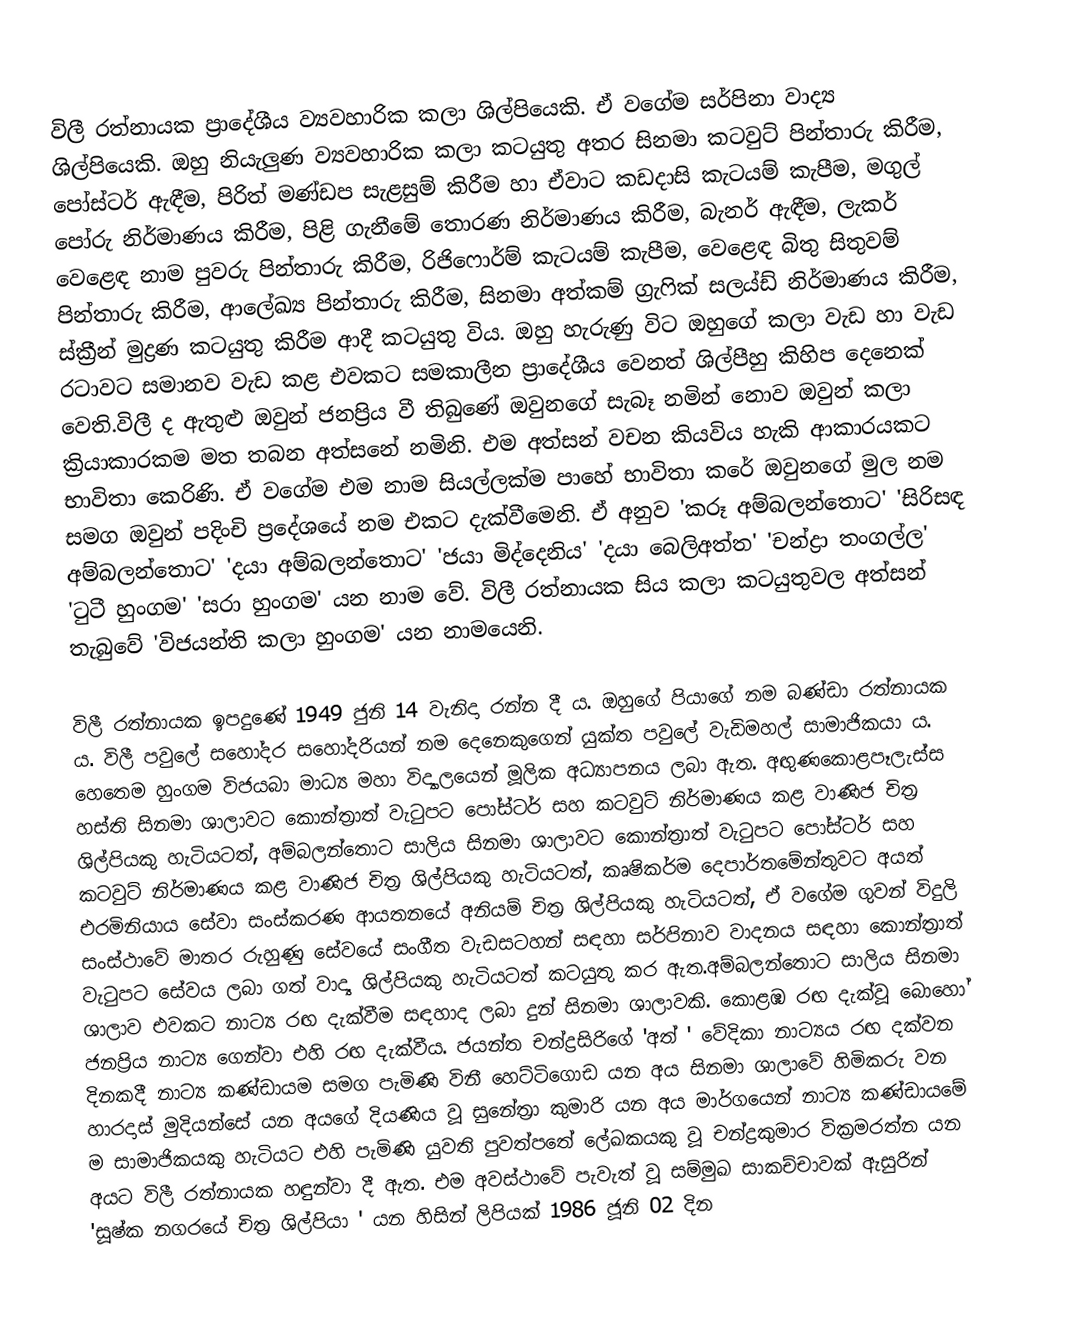
විලී රත්නායක  ප්‍රාදේශීය ව්‍යවහාරික කලා ශිල්පියෙකි. ඒ වගේම සර්පිනා වාද්‍ය ශිල්පියෙකි. ඔහු  නියැලුණ ව්‍යවහාරික කලා කටයුතු අතර සිනමා කටවුට් පින්තාරු කිරීම, පෝස්ටර් ඇඳීම, පිරිත් මණ්ඩප සැළසුම් කිරීම හා ඒවාට කඩදාසි කැටයම් කැපීම, මගුල් පෝරු නිර්මාණය කිරීම, පිළි ගැනීමේ තොරණ නිර්මාණය කිරීම, බැනර් ඇඳීම, ලැකර් වෙළෙඳ නාම පුවරු පින්තාරු කිරීම, රිජිෆොර්ම් කැටයම් කැපීම, වෙළෙඳ බිතු සිතුවම් පින්තාරු කිරීම, ආලේඛ්‍ය පින්තාරු කිරීම, සිනමා අත්කම් ග්‍රැෆික් සලය්ඩ් නිර්මාණය කිරීම, ස්ක්‍රීන් මුද්‍රණ කටයුතු කිරීම ආදී කටයුතු විය. ඔහු  හැරුණු විට ඔහුගේ  කලා වැඩ හා වැඩ රටාවට සමානව වැඩ කළ එවකට සමකාලීන ප්‍රාදේශීය වෙනත් ශිල්පීහු කිහිප දෙනෙක් වෙති.විලී ද ඇතුළු ඔවුන් ජනප්‍රිය වී තිබුණේ ඔවුනගේ සැබෑ නමින් නොව ඔවුන් කලා ක්‍රියාකාරකම මත තබන අත්සනේ නමිනි. එම අත්සන් වචන කියවිය හැකි ආකාරයකට භාවිතා කෙරිණි. ඒ වගේම එම නාම සියල්ලක්ම පාහේ භාවිතා කරේ ඔවුනගේ මුල නම සමග ඔවුන් පදිංචි ප්‍රදේශයේ නම එකට දැක්වීමෙනි. ඒ අනුව 'කරූ අම්බලන්තොට' 'සිරිසඳ අම්බලන්තොට' 'දයා අම්බලන්තොට' 'ජයා මිද්දෙනිය' 'දයා බෙලිඅත්ත' 'චන්ද්‍රා තංගල්ල' 'ටුටී හුංගම' 'සරා හුංගම' යන නාම වේ. විලී රත්නායක  සිය කලා කටයුතුවල අත්සන් තැබුවේ 'විජයන්ති කලා හුංගම' යන නාමයෙනි.

විලී රත්නායක ඉපදුණේ 1949 ජුනි 14 වැනිදා රන්න දී ය. ඔහුගේ පියාගේ නම බණ්ඩා රත්නායක ය. විලී පවුලේ සහෝදර සහෝදරියන් නම දෙනෙකුගෙන් යුක්ත පවුලේ වැඩිමහල් සාමාජිකයා ය. හෙතෙම හුංගම විජයබා මාධ්‍ය මහා විද්‍යාලයෙන් මූලික අධ්‍යාපනය ලබා ඇත. අඟුණකොළපෑලැස්ස හස්ති සිනමා ශාලාවට  කොන්ත්‍රාත් වැටුපට පෝස්ටර් සහ කටවුට් නිර්මාණය කළ වාණිජ චිත්‍ර ශිල්පියකු හැටියටත්, අම්බලන්තොට සාලිය සිනමා ශාලාවට කොන්ත්‍රාත් වැටුපට පෝස්ටර් සහ කටවුට් නිර්මාණය කළ වාණිජ චිත්‍ර ශිල්පියකු හැටියටත්,  කෘෂිකර්ම දෙපාර්තමේන්තුවට අයත් එරමිනියාය  සේවා සංස්කරණ ආයතනයේ අනියම් චිත්‍ර ශිල්පියකු හැටියටත්, ඒ වගේම ගුවන් විදුලි සංස්ථාවේ මාතර රුහුණු සේවයේ සංගීත වැඩසටහන් සඳහා සර්පිනාව වාදනය සඳහා කොන්ත්‍රාත් වැටුපට සේවය ලබා ගත් වාද්‍ය ශිල්පියකු හැටියටත් කටයුතු කර ඇත.අම්බලන්තොට සාලිය සිනමා ශාලාව එවකට නාට්‍ය රඟ දැක්වීම සඳහාද ලබා දුන් සිනමා ශාලාවකි. කොළඹ රඟ  දැක්වූ බොහෝ ජනප්‍රිය නාට්‍ය ගෙන්වා එහි රඟ දැක්වීය. ජයන්ත චන්ද්‍රසිරිගේ 'අත් ' වේදිකා නාට්‍යය රඟ දක්වන දිනකදී නාට්‍ය කණ්ඩායම සමග පැමිණි විනී හෙට්ටිගොඩ යන අය සිනමා ශාලාවේ හිමිකරු වන හාරදාස් මුදියන්සේ යන අයගේ දියණිය වූ සුනේත්‍රා කුමාරි යන අය මාර්ගයෙන්  නාට්‍ය කණ්ඩායමේ ම සාමාජිකයකු හැටියට එහි පැමිණි යුවති පුවත්පතේ ලේඛකයකු වූ චන්ද්‍රකුමාර වික්‍රමරත්න යන අයට විලී රත්නායක හඳුන්වා දී ඇත.  එම අවස්ථාවේ පැවැත් වූ සම්මුඛ සාකච්චාවක් ඇසුරින් 'සූෂ්ක නගරයේ චිත්‍ර ශිල්පියා ' යන හිසින් ලිපියක් 1986 ජූනි 02 දින